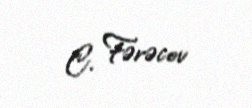
C. Fərəcov